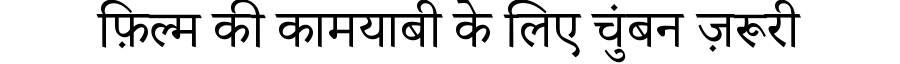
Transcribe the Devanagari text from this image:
फ़िल्म की कामयाबी के लिए चुंबन ज़रूरी